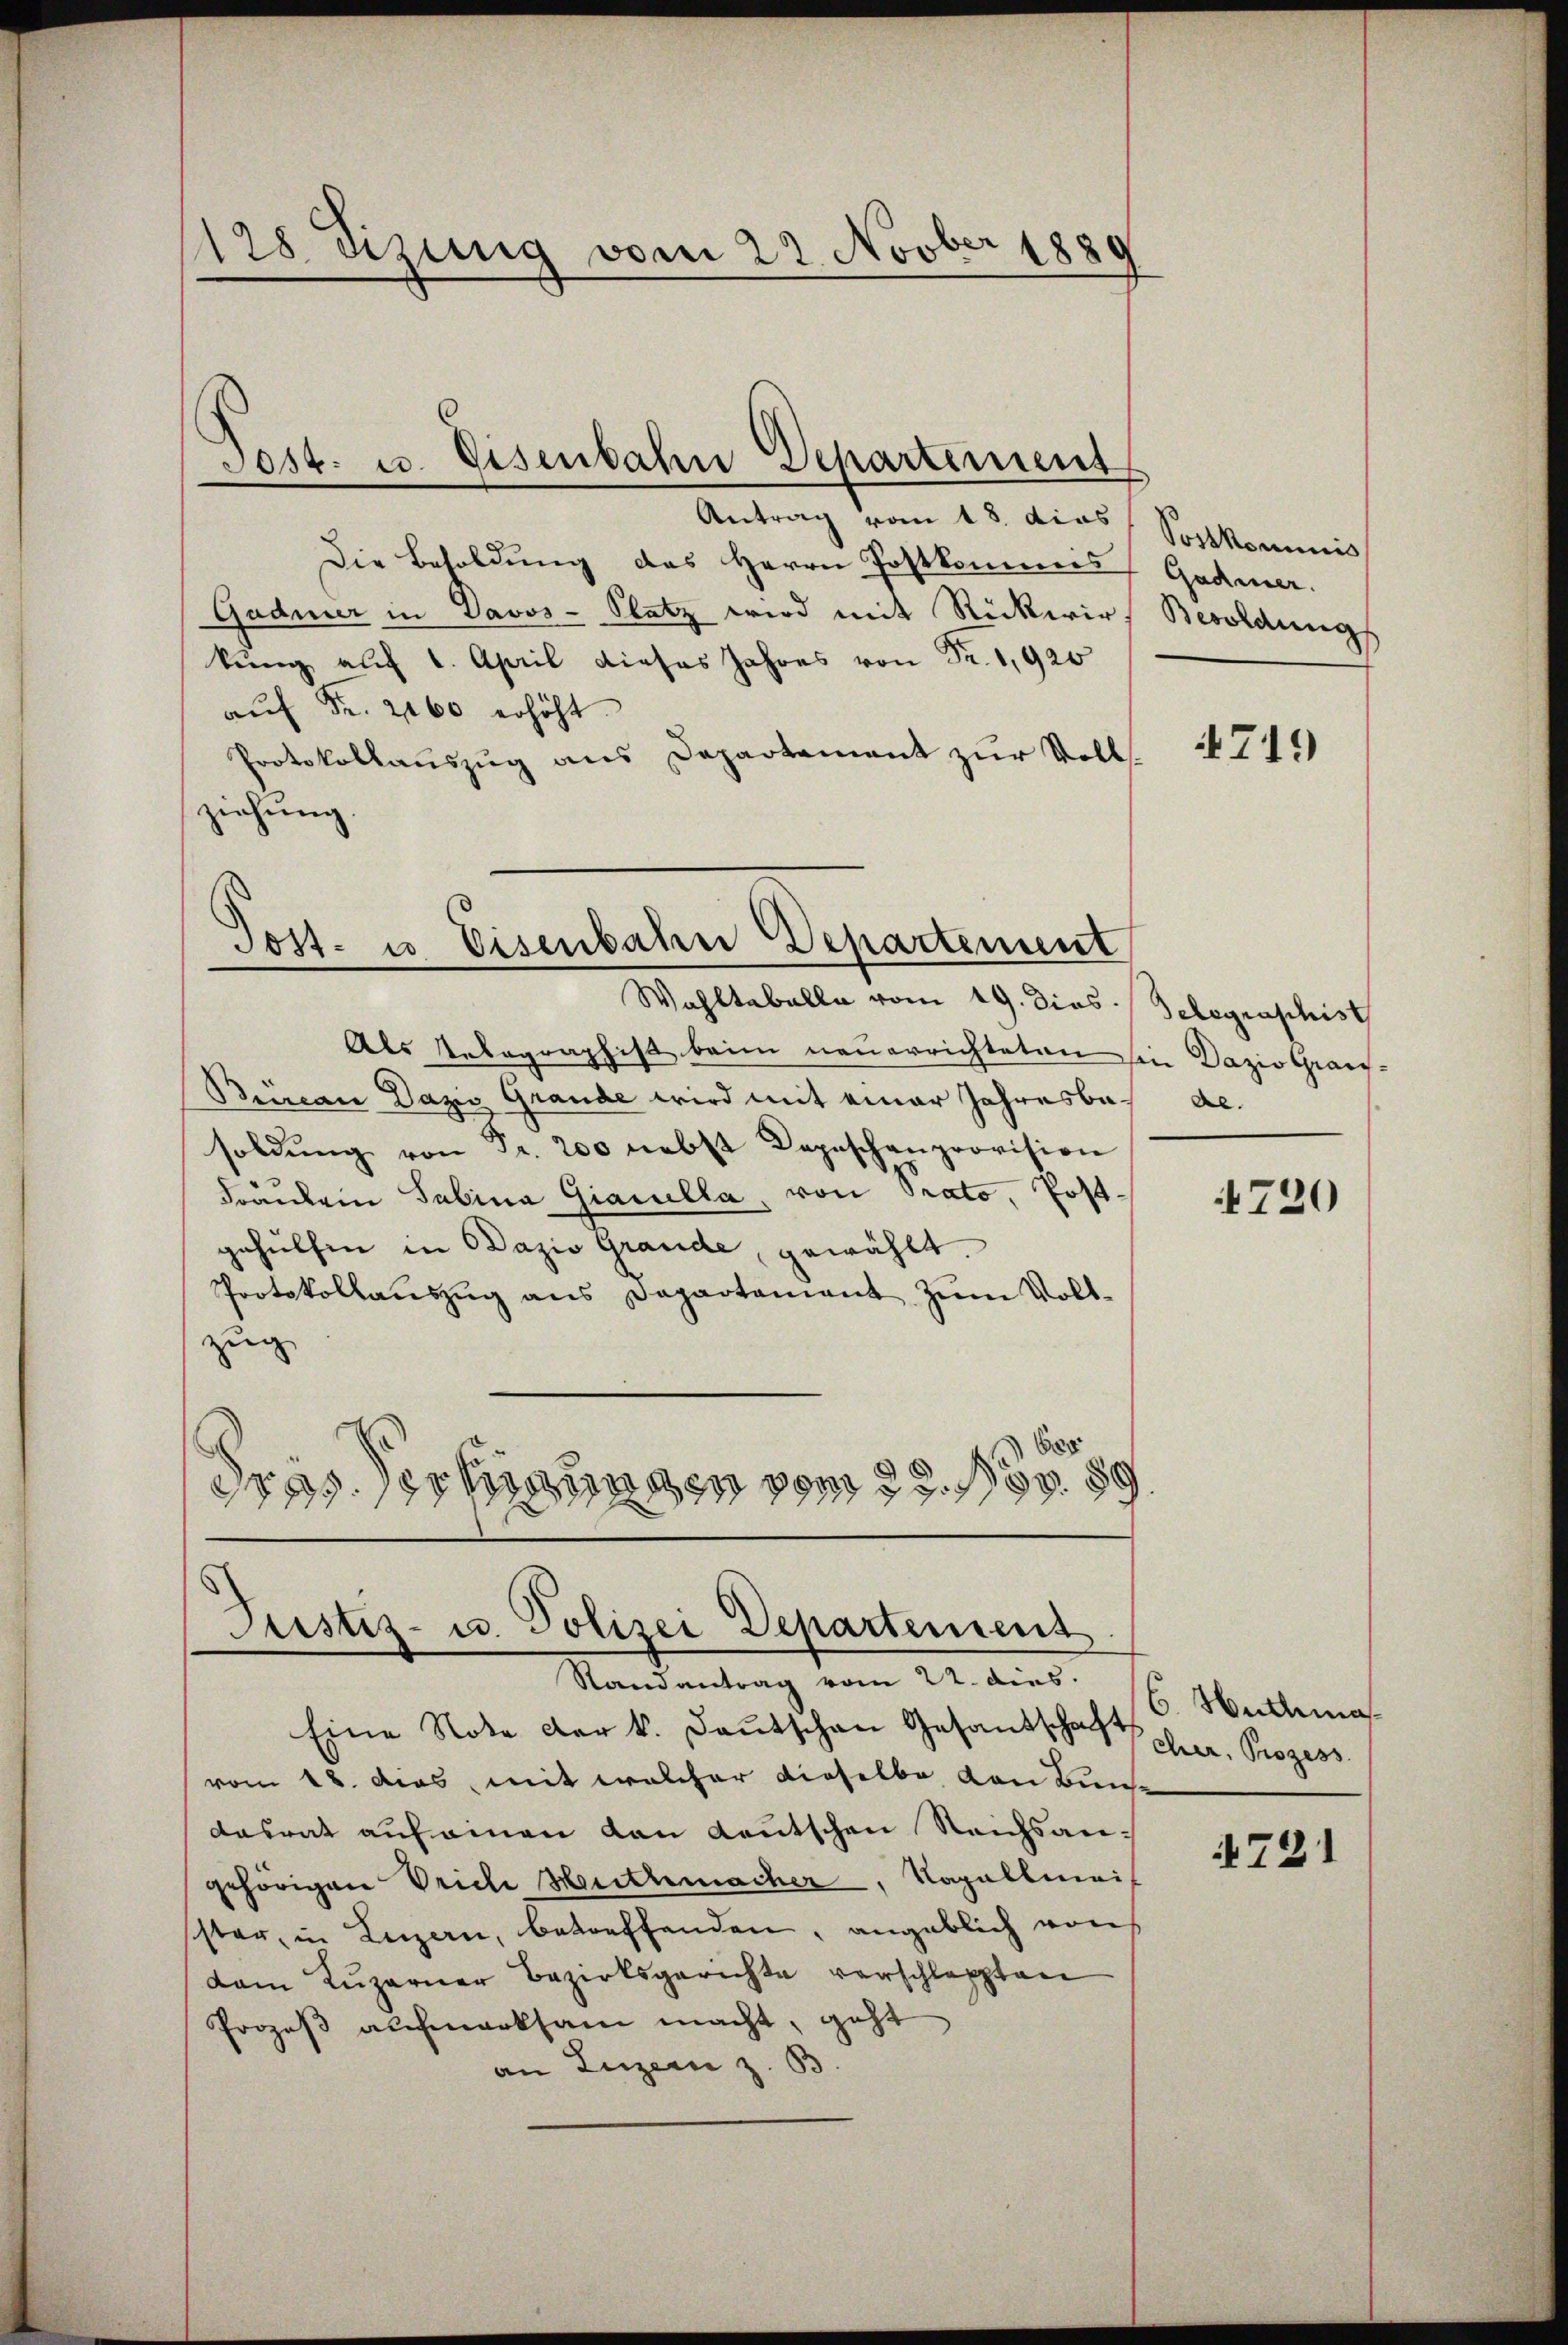
128 uzung vom 22. Novber 1880

Antrag vom 18. dies Postkommis
Die Besoldung des Herrn Postkommis
Gadmer in Davos- Platz wird mit Rückwirkung auf 1. April dieses Jahres von Fr. 1920
aŭf Fr. 2160 erhöht.
Protokollauszug aus Departement zur Voll-
ziehung

Jost u. Eisenbahn Departement

Tost- u Eisenbahn Departement

Als Telegraphist beim neuerrichteten sie Dazio Grau¬
Bureau Dazis Grande wird mit einer Jahresbasoldŭng von Fr. 200 nebst Depeschenprovision
Fräulein Sabina Giaculla, von Prato, Postgehülfen in Dazio Grande, gewählt.
Protokollaŭszŭg ans Departament zŭm Voll-
zug
der
dres er hinungen vom 25. Nov. 89

Justiz- u. Polizei Departement

Wahltabelle vom 19. dies Telegraphist

Randantrag vom 22. dies  Huthma
Eine Note der k. Deutschen Gesandschaft her, Prozess
vom 18. das, mit welcher dieselbe von Bundasrat auf einen von deutschen Reichsangehörigen riche Heitzmacher, Napallmeis
ster, in Luzern, betreffenden, angeblich von
dam Luzerner Bezirksgerichte verschleppten
Prozeß aufmerksam macht, geht
an Luzern z. B.

Gadmer.
Besoldung

719)

Al.

4720

721